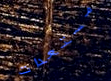
مستعدات